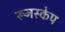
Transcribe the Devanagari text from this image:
रूनस्केप